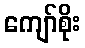
ကျော်စိုး